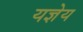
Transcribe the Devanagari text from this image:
यज्ञेय